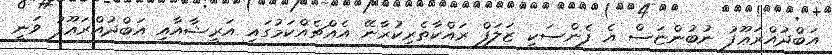
އަބްދުއްރަޢޫފު ނުބުންޏަސް އެ ފެންސަކީ ޒަލަފް ރައްކާތެރިކުރާނޭ އެއްޗެއްކަމުގައި އަރީޝާއާއި އަބްދުއްރަޢޫފު ވަނީ